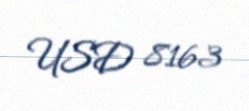
USD 8163